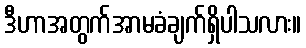
ဒီဟာအတွက်အာမခံချက်ရှိပါသလား။